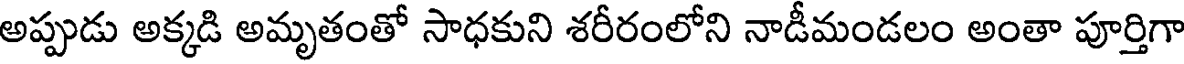
అప్పుడు అక్కడి అమృతంతో సాధకుని శరీరంలోని నాడీమండలం అంతా పూర్తిగా